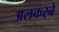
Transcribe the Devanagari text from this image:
अलकस्बे